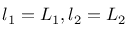
l _ { 1 } = L _ { 1 } , l _ { 2 } = L _ { 2 }